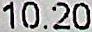
10.20